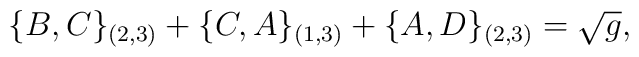
\{B,C\}_{(2,3)}+\{C,A\}_{(1,3)}+\{A,D\}_{(2,3)}=\sqrt{g},